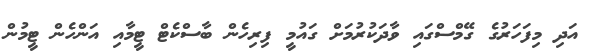
އަދި މިފަހަރުގެ ގޭމްސްގައި ވާދަކުރުމަށް ގައުމީ ފިރިހެން ބާސްކެޓް ޓީމާއި އަންހެން ޓީމުން